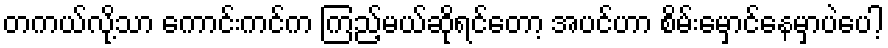
တကယ်လို့သာ ကောင်းကင်က ကြည့်မယ်ဆိုရင်တော့ အပင်ဟာ စိမ်းမှောင်နေမှာပဲပေါ့